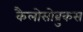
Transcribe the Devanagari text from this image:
कैलोसोब्रुकस